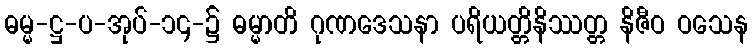
ဓမ္မ-ဋ္ဌ-ပ-အုပ်-၁၄-၌ ဓမ္မာတိ ဂုဏဒေသနာ ပရိယတ္တိနိဿတ္တ နိဇီဝ ဝသေန